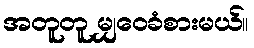
အတူတူ မျှဝေခံစားမယ်။